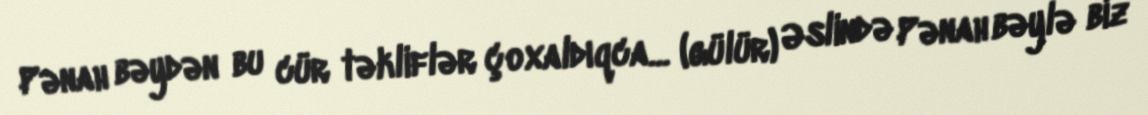
Pənah bəydən bu cür təkliflər çoxaldıqca... (gülür) Əslində Pənah bəylə biz